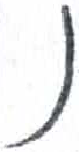
אות: נ